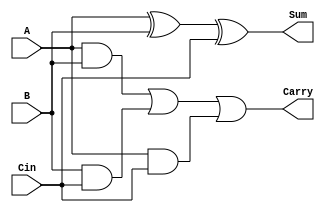
`timescale 1ns / 1ps
//////////////////////////////////////////////////////////////////////////////////

// ID     : N180116
//Branch  : ECE
//Project : RTL design using Verilog
//Design  : Adder cum Subtractor
//Module  : Full Adder Module
//RGUKT NUZVID 
//////////////////////////////////////////////////////////////////////////////////

module FA(A,B,Cin,Sum,Carry);
input A,B,Cin;
output Sum,Carry;
assign Sum    =  (A^B^Cin);
assign Carry  =  ((A&B)|(B&Cin)|(A&Cin)); 
endmodule